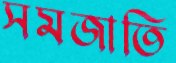
সমজাতি